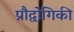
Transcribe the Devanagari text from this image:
प्रौद्वोगिकी